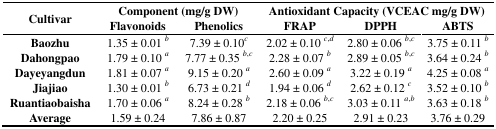
| <ROWSPAN=2> Cultivar | <COLSPAN=2> Component (mg/g DW) | <COLSPAN=3> Antioxidant Capacity (VCEAC mg/g DW) |
 | Flavonoids | Phenolics | FRAP | DPPH | ABTS |
 | --- | --- | --- | --- | --- | --- |
 | Baozhu | 1.35 ± 0.01 b | 7.39 ± 0.10c | 2.02 ± 0.10 c,d | 2.80 ± 0.06 b,c | 3.75 ± 0.11 b |
 | Dahongpao | 1.79 ± 0.10 a | 7.77 ± 0.35 b,c | 2.28 ± 0.07 b | 2.89 ± 0.05 b,c | 3.64 ± 0.24 b |
 | Dayeyangdun | 1.81 ± 0.07 a | 9.15 ± 0.20 a | 2.60 ± 0.09 a | 3.22 ± 0.19 a | 4.25 ± 0.08 a |
 | Jiajiao | 1.30 ± 0.01 b | 6.73 ± 0.21 d | 1.94 ± 0.06 d | 2.62 ± 0.12 c | 3.52 ± 0.10 b |
 | Ruantiaobaisha | 1.70 ± 0.06 a | 8.24 ± 0.28 b | 2.18 ± 0.06 b,c | 3.03 ± 0.11 a,b | 3.63 ± 0.18 b |
 | Average | 1.59 ± 0.24 | 7.86 ± 0.87 | 2.20 ± 0.25 | 2.91 ± 0.23 | 3.76 ± 0.29 |